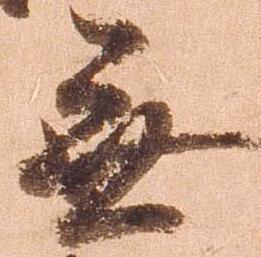
無